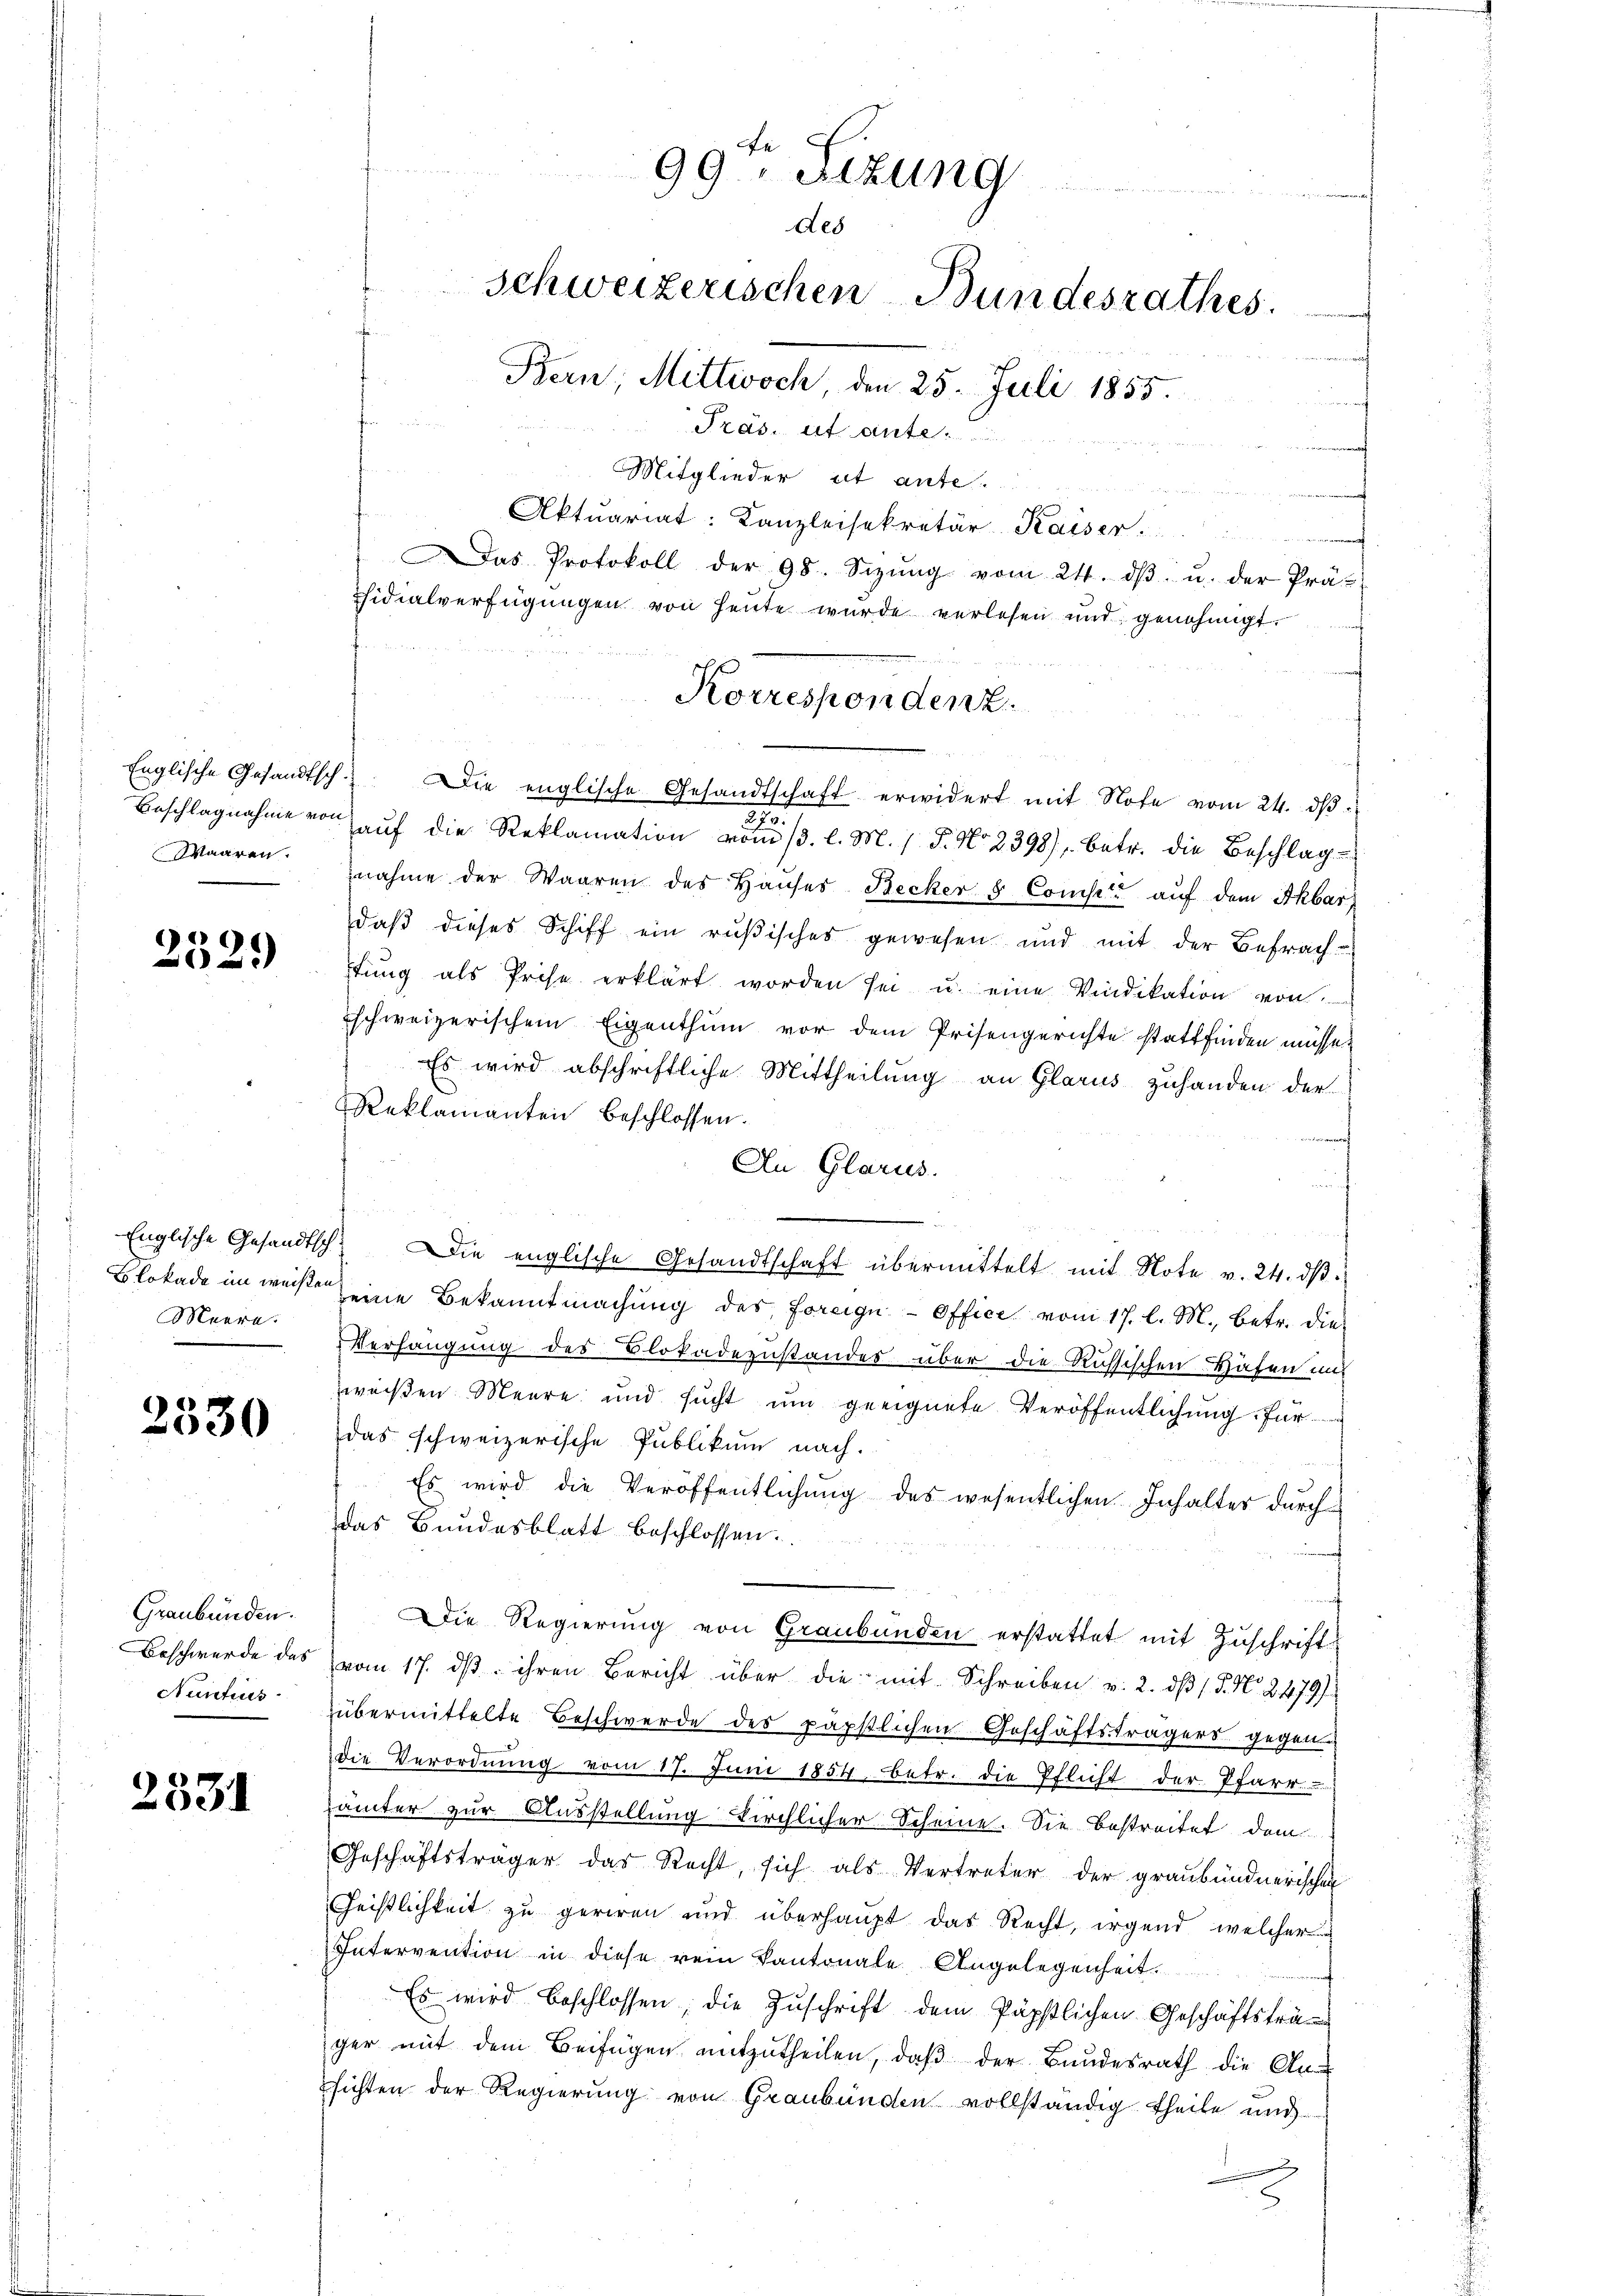
2529

Meere.
e

2530

Graubünden.
Beschwerde das
Nuntius

2531

Mitglieder et ante.
Aktuariat: Kanzleisekretär-Kaiser
as Protokoll der 98. Sizŭng vom 24. dβ. u. der Prä-
fsidialverfügungen von heute wurde verlesen und genehmigt.
Englische Gesandtsch. Die englische Gesandtschaft erwidert mit Note vom 24. dβ.
i
Beschlagnahme von aŭf die Reklamation vom 13. l. M. / 5. No 2398), betr. die Beschlag-
Waaren nahme der Waaren des Haŭses Becker & Comp auf dem Ahbar
daβ dieses Schiff ein rŭβisches gewesen und mit der Befrach-
tŭng als Prise erklärt worden sei u. eine Vindikation von
schweizerischem Eigenthum vor dem Prisengerichte stattfinden müsse,
Es wird abschriftliche Mittheilung an Glarus zuhanden der
Reklamanten beschlossen.
n
An Glarus.
Englische Gesandtsch. Die englische Gesandtschaft übermittelt mit Note v. 24. dβ.
Blokade im weise eine Bekanntmachung des Foreign-Offici vom 17. l. M., betr. die
Verhängung des Blokadezustandes über die Russischen Hafen und
weißen Meere und sucht um geeignete Veröffentlichung für
das schweizerische Publikum nach.
Es wird die Veröffentlichung des wesentlichen Inhalter durch
das Bundesblatt beschlossen:
Die Regierung von Graubünden erstattet mit Zuschriftvom 17. ds. ihren Bericht über die mit Schreiben v. 2. dβ / 5. No. 2479)
übermittelte Beschwerde des päpstlichen Geschäftsträgers gegen-
die Verordnung vom 17. Juni 1854 betr. die Pflicht der Pfarr-
ämter zur Ausstellung kirchlicher Scheine. Sie bestreitet dem
Geschäftsträger das Recht, sich als Vertreter der graubündnerischen
Geistlichkeit zu geriren und überhaupt das Recht, irgend welcher
Intervention in diese rein Kantonale Angelegenheit.
Es wird beschlossen; die Zuschrift dem Päpstlichen Geschäftsträger mit dem Beifügen mitzutheilen, daβ der Bundesrath die An-
sichten der Regierung von Graubünden vollständig theile und

f
99. Sitzung
deb
Schweizerischen Bundesrathes.
Bern, Mittwoch den 25. Juli 1855.
Präs. et ante.

Korrespondenz.